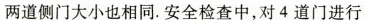
两道侧门大小也相同。安全检查中，对4道门进行